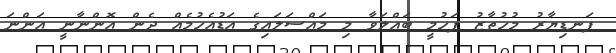
ފަނޑިޔާރު މުހުތާޒު ފަހުމީ ބައްލަވާ މި މައްސަލައިގެ އަޑުއެހުމެއް ދެން އޮންނާނީ އަންނަ